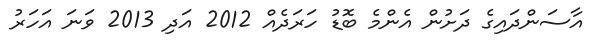
އާސަންދައިގެ ދަށުން އެންމެ ބޮޑު ހަރަދެއް 2012 އަދި 2013 ވަނަ އަހަރު